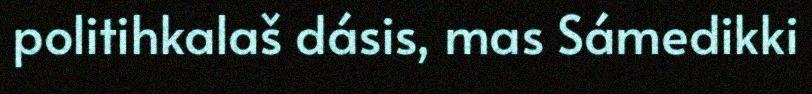
politihkalaš dásis, mas Sámedikki